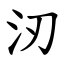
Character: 㲽